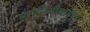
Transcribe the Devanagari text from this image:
सरोजिनीबाईंचा